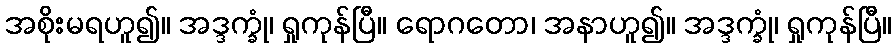
အစိုးမရဟူ၍။ အဒ္ဒက္ခုံ၊ ရှုကုန်ပြီ။ ရောဂတော၊ အနာဟူ၍။ အဒ္ဒက္ခုံ၊ ရှုကုန်ပြီ။